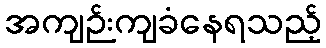
အကျဉ်းကျခံနေရသည့်